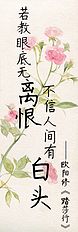
若教眼底无离恨，不信人间有白头。